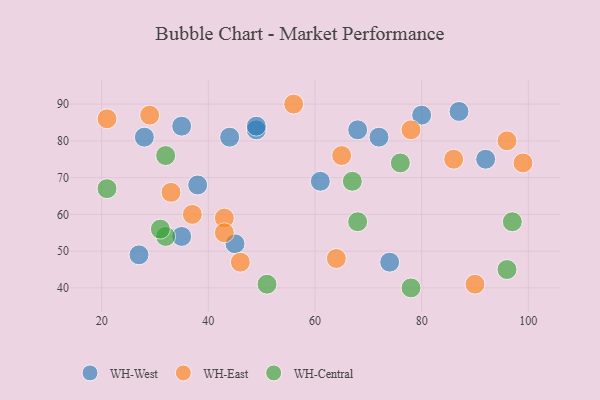
{"axis": {"x": "GDP", "y": "Life Expectancy"}, "legend": ["WH-Central", "WH-East", "WH-West"], "data": [{"x": "35", "y": 54, "type": "WH-West"}, {"x": "35", "y": 84, "type": "WH-West"}, {"x": "45", "y": 52, "type": "WH-West"}, {"x": "87", "y": 88, "type": "WH-West"}, {"x": "80", "y": 87, "type": "WH-West"}, {"x": "27", "y": 49, "type": "WH-West"}, {"x": "92", "y": 75, "type": "WH-West"}, {"x": "49", "y": 83, "type": "WH-West"}, {"x": "49", "y": 84, "type": "WH-West"}, {"x": "72", "y": 81, "type": "WH-West"}, {"x": "61", "y": 69, "type": "WH-West"}, {"x": "74", "y": 47, "type": "WH-West"}, {"x": "44", "y": 81, "type": "WH-West"}, {"x": "68", "y": 83, "type": "WH-West"}, {"x": "28", "y": 81, "type": "WH-West"}, {"x": "38", "y": 68, "type": "WH-West"}, {"x": "37", "y": 60, "type": "WH-East"}, {"x": "56", "y": 90, "type": "WH-East"}, {"x": "21", "y": 86, "type": "WH-East"}, {"x": "33", "y": 66, "type": "WH-East"}, {"x": "46", "y": 47, "type": "WH-East"}, {"x": "90", "y": 41, "type": "WH-East"}, {"x": "43", "y": 59, "type": "WH-East"}, {"x": "43", "y": 55, "type": "WH-East"}, {"x": "99", "y": 74, "type": "WH-East"}, {"x": "65", "y": 76, "type": "WH-East"}, {"x": "78", "y": 83, "type": "WH-East"}, {"x": "29", "y": 87, "type": "WH-East"}, {"x": "96", "y": 80, "type": "WH-East"}, {"x": "86", "y": 75, "type": "WH-East"}, {"x": "64", "y": 48, "type": "WH-East"}, {"x": "51", "y": 41, "type": "WH-Central"}, {"x": "32", "y": 54, "type": "WH-Central"}, {"x": "76", "y": 74, "type": "WH-Central"}, {"x": "67", "y": 69, "type": "WH-Central"}, {"x": "32", "y": 76, "type": "WH-Central"}, {"x": "96", "y": 45, "type": "WH-Central"}, {"x": "68", "y": 58, "type": "WH-Central"}, {"x": "97", "y": 58, "type": "WH-Central"}, {"x": "31", "y": 56, "type": "WH-Central"}, {"x": "78", "y": 40, "type": "WH-Central"}, {"x": "21", "y": 67, "type": "WH-Central"}]}